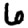
Digit: 6